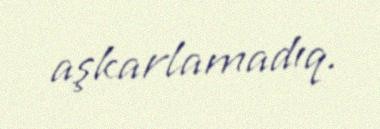
aşkarlamadıq.